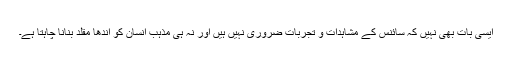
ایسی بات بھی نہیں کہ سائنس کے مشاہدات و تجربات ضروری نہیں ہیں اور نہ ہی مذہب انسان کو اندھا مقلد بنانا چاہتا ہے۔